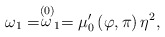
\begin{align*}\omega _{1}=\stackrel{(0)}{\omega }_{1}=\mu _{0}^{\prime }\left( \varphi,\pi \right) \eta ^{2}, \end{align*}